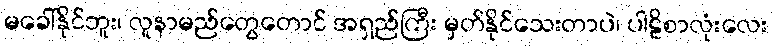
မခေါ်နိုင်ဘူး၊ လူနာမည်တွေတောင် အရှည်ကြီး မှတ်နိုင်သေးတာပဲ၊ ပါဠိစာလုံးလေး